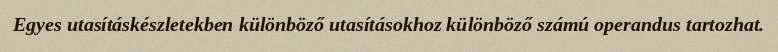
Egyes utasításkészletekben különböző utasításokhoz különböző számú operandus tartozhat.